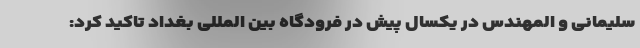
سلیمانی و المهندس در یکسال پیش در فرودگاه بین المللی بغداد تاکید کرد: